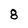
Character: 8